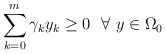
\begin{align*} \sum_{k=0}^{m} \gamma_{k}y_{k}\ge 0\ \ \forall\ y\in\Omega_{0}\end{align*}